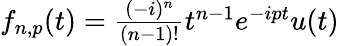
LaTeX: \begin{array}{r}{f_{n,p}(t)=\frac{(-i)^{n}}{(n-1)!}t^{n-1}e^{-ipt}u(t)}\end{array}